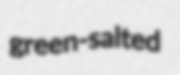
green-salted